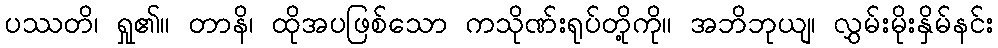
ပဿတိ၊ ရှု၏။ တာနိ၊ ထိုအပဖြစ်သော ကသိုဏ်းရုပ်တို့ကို။ အဘိဘုယျ၊ လွှမ်းမိုးနှိမ်နင်း